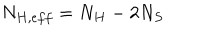
N _ { H , e f f } = N _ { H } - 2 N _ { S }